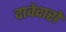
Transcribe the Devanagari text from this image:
दावेदारो